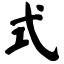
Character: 式